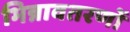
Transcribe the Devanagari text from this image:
भिन्नावतरणों